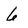
Character: 6